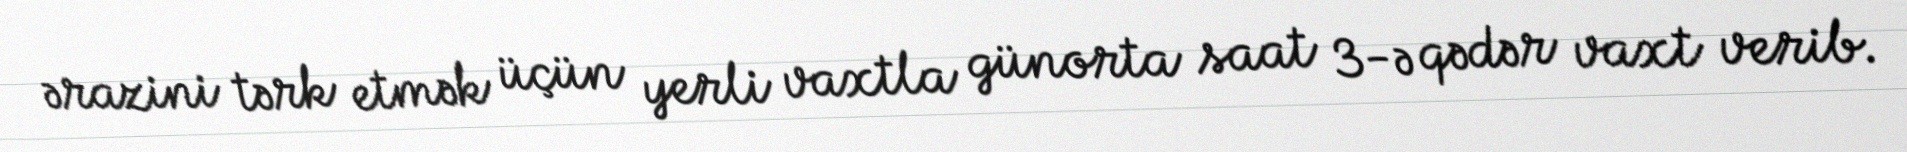
ərazini tərk etmək üçün yerli vaxtla günorta saat 3-ə qədər vaxt verib.